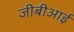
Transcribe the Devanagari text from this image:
जीबीआई